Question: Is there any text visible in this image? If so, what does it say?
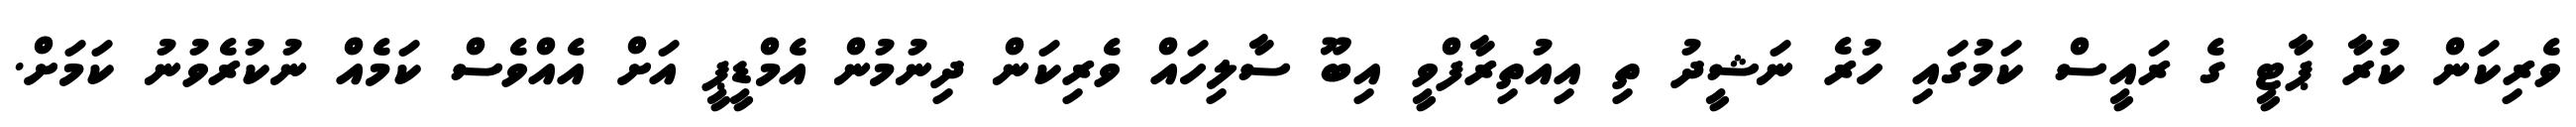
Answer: ވެރިކަން ކުރާ ޕާޓީ ގެ ރައީސް ކަމުގައި ހުރެ ނަޝީދު ތި އިއުތިރާފްވީ އިބޫ ސާލިހައް ވެރިކަން ދިނުމުން އެމްޑީޕީ އަށް އެއްވެސް ކަމެއް ނުކުރެވުނު ކަމަށް.